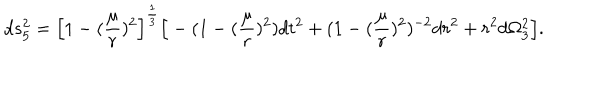
d s _ { 5 } ^ { 2 } = \Big [ 1 - ( { \frac { \mu } { r } } ) ^ { 2 } \Big ] ^ { \frac { 1 } { 3 } } \Big [ - ( 1 - ( { \frac { \mu } { r } } ) ^ { 2 } ) d t ^ { 2 } + ( 1 - ( { \frac { \mu } { r } } ) ^ { 2 } ) ^ { - 2 } d r ^ { 2 } + r ^ { 2 } d \Omega _ { 3 } ^ { 2 } \Big ] .